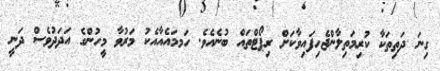
ގިނަ ދަތިތަކާ ކުރިމަތިލާންޖެހިފައިވާކަށް ރިޕޯޓްތައް ބުނެއެވެ. ހަމމައެއާއެކު މަރުވާ މީހުންގެ އަދަދުވެސް ދަނީ